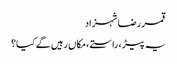
قمر رضا شہزاد
یہ پیڑ ، راستے ، مکاں رہیں گے کیا؟